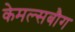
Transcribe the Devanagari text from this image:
केमल्सबौग